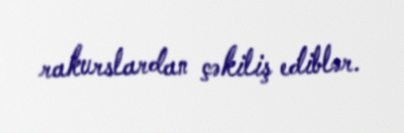
rakurslardan çəkiliş ediblər.